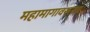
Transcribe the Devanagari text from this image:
महामागावरूनच